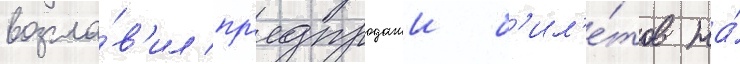
возгла́в'ил пр'едпродажи б'ил'е́тов на́